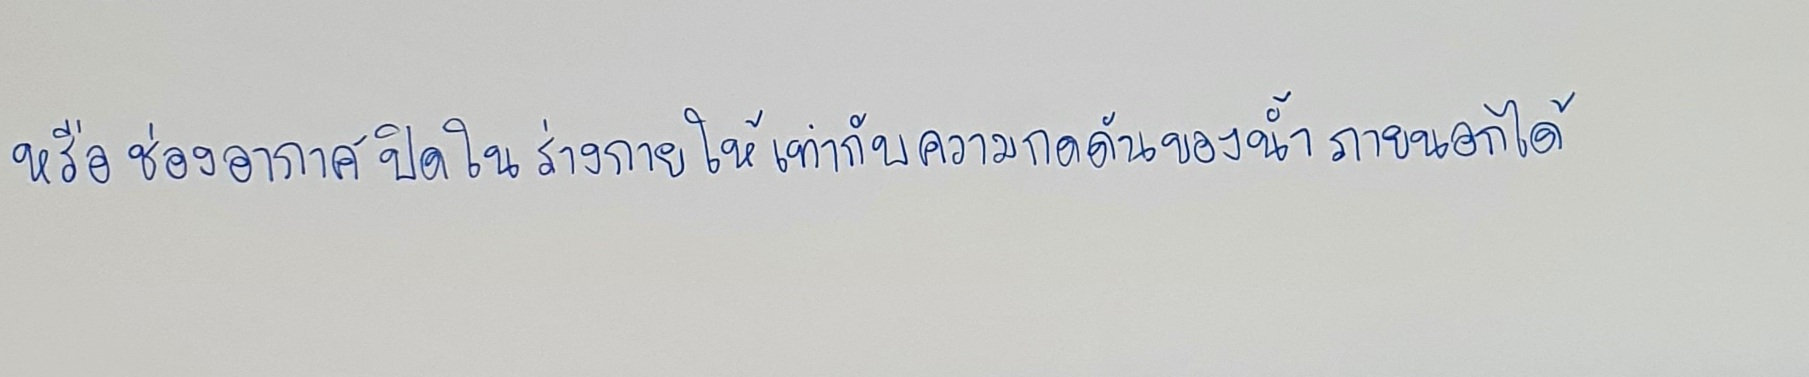
หรือช่องอากาศปิดในร่างกายให้เท่ากับความกดดันของน้ำภายนอกได้